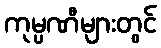
ကုမ္ပဏီများတွင်